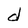
Character: d